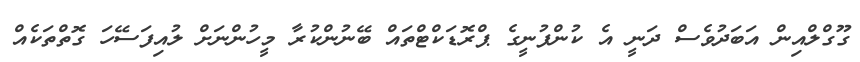
ގޫގްލްއިން އަބަދުވެސް ދަނީ އެ ކުންފުނީގެ ޕްރޮޑަކްޓްތައް ބޭނުންކުރާ މީހުންނަށް ލުއިފަސޭހަ ގޮތްތަކެއް